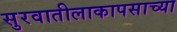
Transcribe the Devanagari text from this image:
सुरवातीलाकापसाच्या